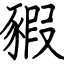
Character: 豭